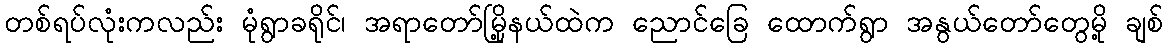
တစ်ရပ်လုံးကလည်း မုံရွာခရိုင်၊ အရာတော်မြို့နယ်ထဲက ညောင်ခြေ ထောက်ရွာ အနွယ်တော်တွေမို့ ချစ်